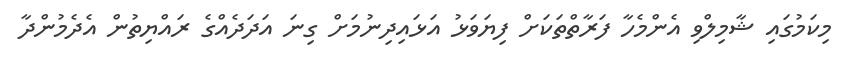
މިކަމުގައި ޝާމިލްވި އެންމެހާ ފަރާތްތަކަށް ފިޔަވަޅު އަޅައިދިނުމަށް ގިނަ އަދަދެއްގެ ރައްޔިތުން އެދެމުންދާ